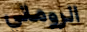
الروماني